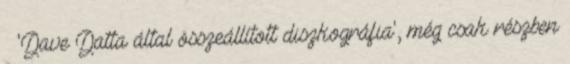
» 'Dave Datta által összeállított diszkográfia', még csak részben